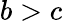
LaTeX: b>c